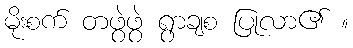
မိုးစက် တဖွဲဖွဲ ရွာချစ ပြုလာ၏ ။